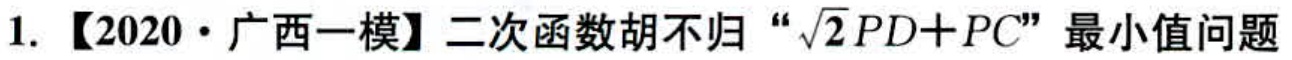
1. 【2020·广西一模】二次函数胡不归“\(\sqrt{2}PD + PC\)”最小值问题